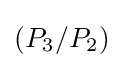
(P_{3}/P_{2})